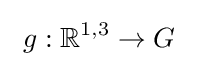
\ g:\mathbb {R} ^{1,3}\rightarrow G~